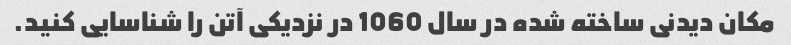
مکان دیدنی ساخته شده در سال 1060 در نزدیکی آتن را شناسایی کنید.